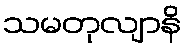
သမတုလျာနိ